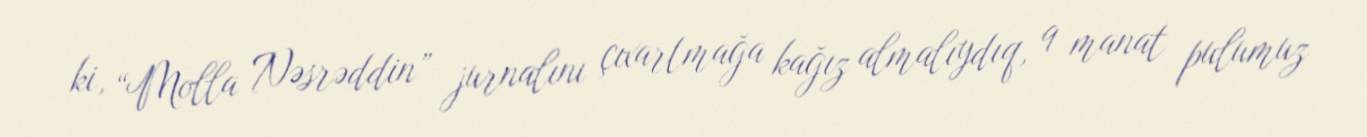
ki, “Molla Nəsrəddin” jurnalını çıxartmağa kağız almalıydıq, 9 manat pulumuz